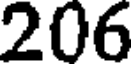
206